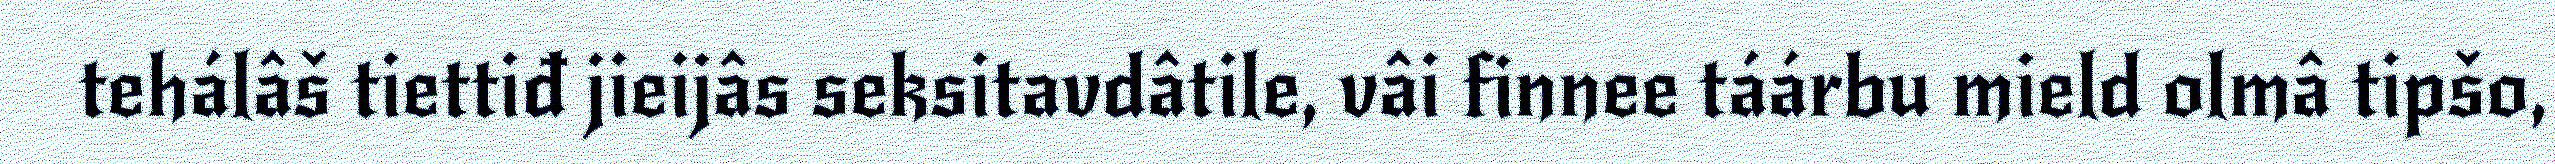
tehálâš tiettiđ jieijâs seksitavdâtile, vâi finnee táárbu mield olmâ tipšo,